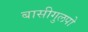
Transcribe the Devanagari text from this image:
बासीगुलपो